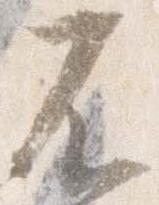
不